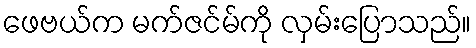
ဖေဗယ်က မက်ဇင်မ်ကို လှမ်းပြောသည်။